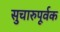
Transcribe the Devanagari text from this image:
सुचारुपूर्वक